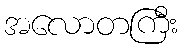
အလောတကြီး